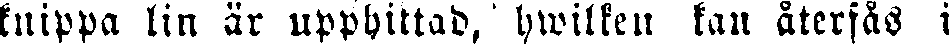
knippa lin är upphittad, hwilken kan återfås i